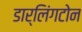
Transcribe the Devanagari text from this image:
डार्लिंगटोन